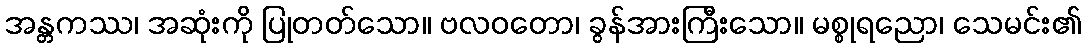
အန္တကဿ၊ အဆုံးကို ပြုတတ်သော။ ဗလဝတော၊ ခွန်အားကြီးသော။ မစ္စုရညော၊ သေမင်း၏